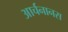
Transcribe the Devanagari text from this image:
आर्चनानस